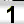
Digit: 1